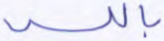
بالله